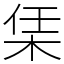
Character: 栠